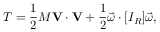
T = { \frac { 1 } { 2 } } M \mathbf { V } \cdot \mathbf { V } + { \frac { 1 } { 2 } } { \vec { \omega } } \cdot [ I _ { R } ] { \vec { \omega } } ,